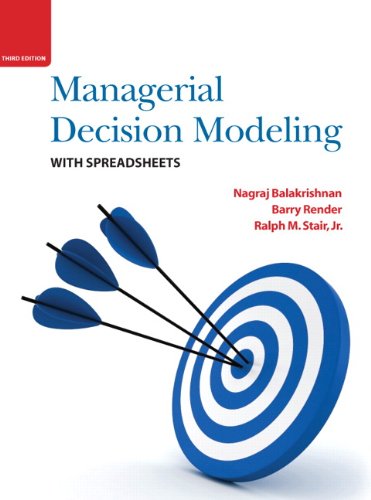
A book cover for Managerial Decision Modeling with Spreadsheets (3rd Edition); Nagraj Balakrishnan; Computers & Technology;